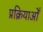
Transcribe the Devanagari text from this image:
प्रक्रियाओँ